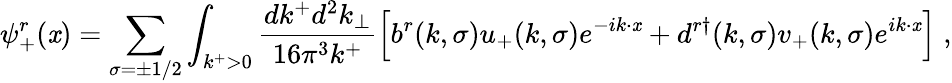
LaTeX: \psi_{+}^{r}(\mathit{x})=\sum_{\sigma=\pm1/2}\int_{k^{+}>0}{\frac{{dk^{+}d^{2}k_{\perp}}}{{16\pi^{3}k^{+}}}}\Bigl[b^{r}(k,\sigma)u_{+}(k,\sigma)e^{-ik\cdot\mathit{x}}+d^{r\dagger}(k,\sigma)v_{+}(k,\sigma)e^{ik\cdot\mathit{x}}\Bigr]\; ,